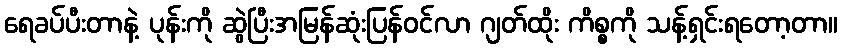
ရေခပ်ပီးတာနဲ့ ပုန်းကို ဆွဲပြီးအမြန်ဆုံးပြန်ဝင်လာ ဂျတ်ထိုး ကိစ္စကို သန့်ရှင်းရတော့တာ။